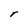
Character: r